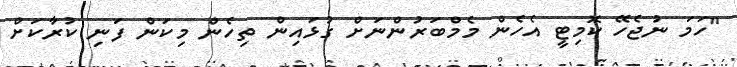
"ހަމަ ނުޖެހޭ ކޮމިޓީ އެހެން މެމްބަރުންނަށް ގުޅައިން ތިހެން މިކަން ފަނި ކުރާކަށް